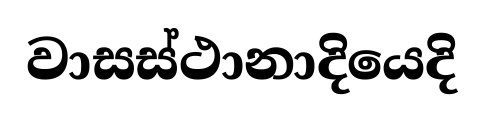
වාසස්ථානාදියෙදි